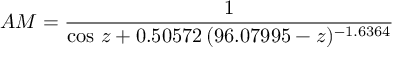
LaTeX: A M = { \frac { 1 } { \cos \, z + 0 . 5 0 5 7 2 \, ( 9 6 . 0 7 9 9 5 - z ) ^ { - 1 . 6 3 6 4 } } }